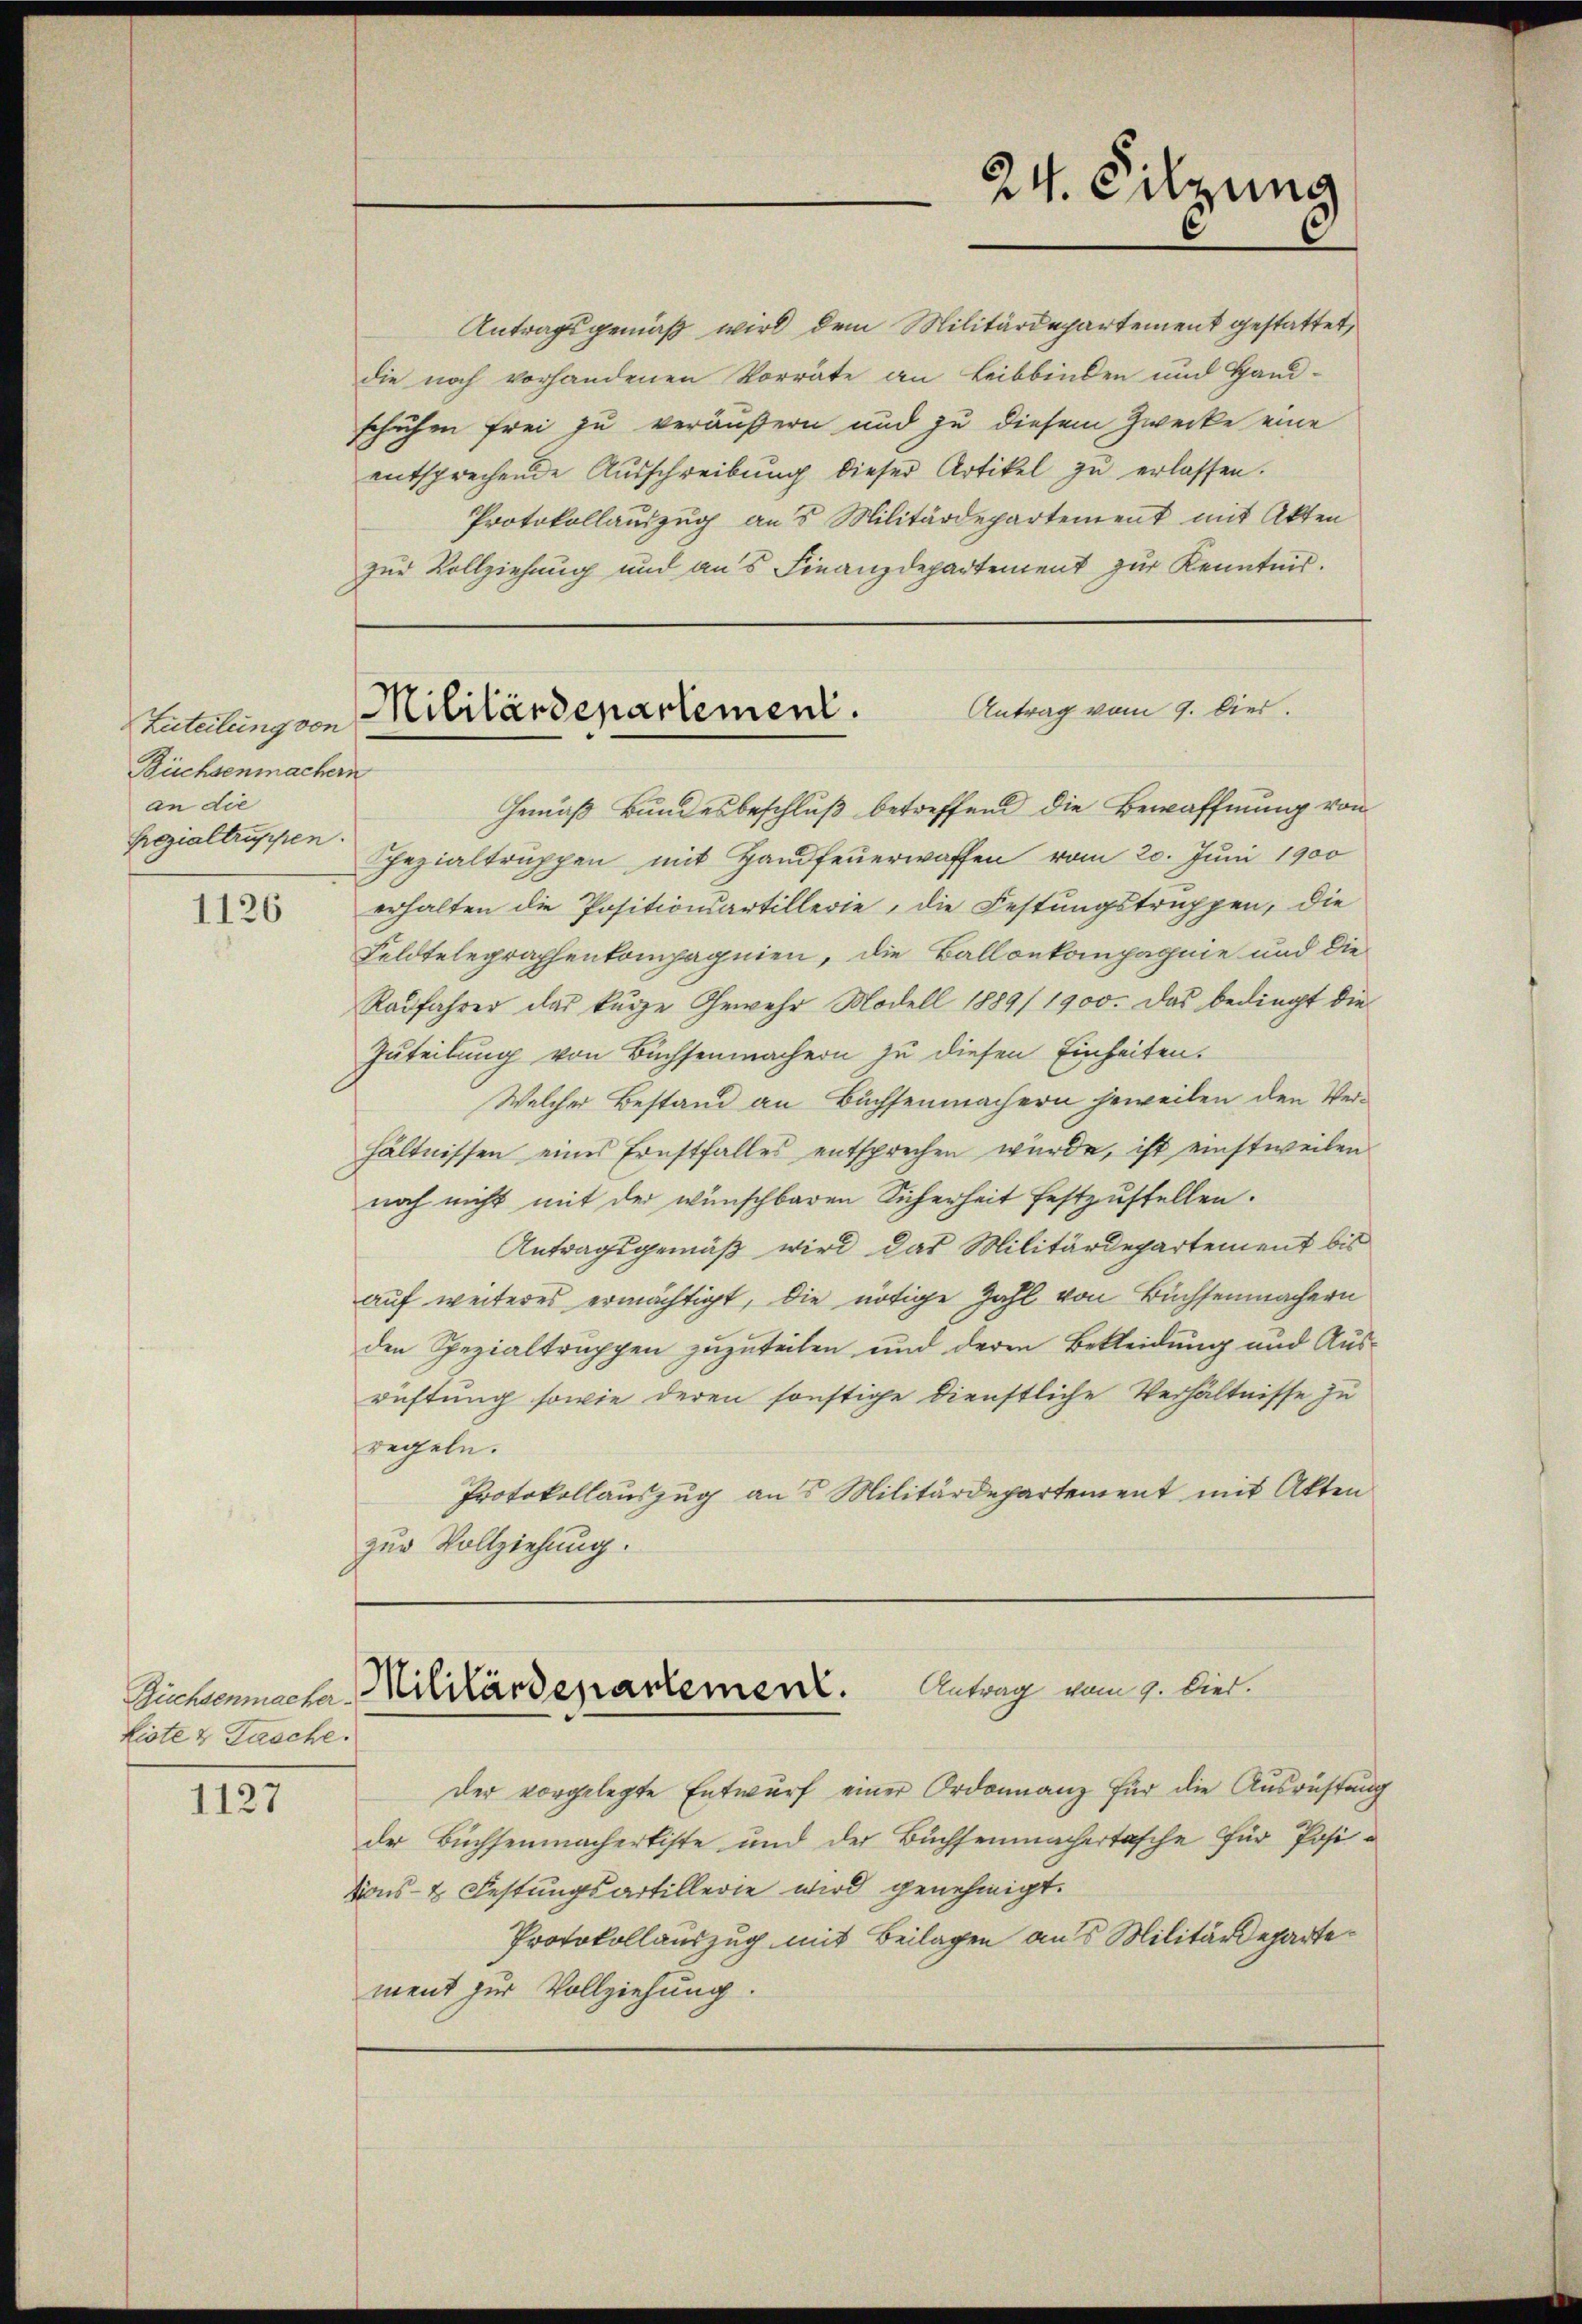
Zuteilung von
Büchsenmachern
an die
Grozialtruppen.

1126

Büchsenmacher
Liste & Tasche.

1127

Antragsgemäß wird dem Militärdepartement gestattet,
die noch vorhandenen Vorräte an Leibbinden und Hand-
schuhen frei zu veräußern und zu diesem Zwecke eine
entsprechende Aŭsschreibŭng dieser Artikel zŭ erlassen.
Protokollauszug aus Militärdepartement mit Akten
zur Vollziehung und aus Finanzdepartement zur Kenntnis.

24. Silzung

Gemäß Bundesbeschluß betreffend die Bewaffnung von
Spezialtruppen mit Handfeuerwaffen vom 20. Juni 1900
erhalten die Positionsartillerie, die Festungstruppen, die
Feldtelegraphenkompagnien, die Ballonkompagnie und die
Radfahrer das kurze Gewehr Modell 1889/ 1900. Das bedingt die
Zuteilung von Buchsenmachern zu diesen Einheiten.
Welcher Bestand an Buchsenmachern jeweilen den Verhältnissen eines Ernstfalles entsprechen würde, ist einstweilen
noch nicht mit der wünschbaren Sicherheit festzustellen.
Antragsgemäß wird das Militärdepartement bis
auf weiteres ermächtigt, die nötige Zahl von Büchsenmachern
den Spezialtruppen zuzuteilen und deren Bekleidung und Ausrüftung sowie deren sonstige Dienstliche Verhältnisse zu
regeln.
Protokollauszug aus Militärdepartement mit Akten
zur Vollziehung.

Antrag vom 9. Dies
Militärdepartement.

der vorgelegte Entwurf einer Ordonnanz für die Ausrüstung
der Buchsenmacherliste und der Buchsenmachertasche für Positions- & Festungsartillerie wird genehmigt.
Protokollauszug mit Beilagen aus Militärdepartement zur Vollziehung.

Antrag vom 9. Died.
Militärdepartement.